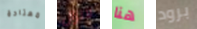
معتادة لانزال هنا برود